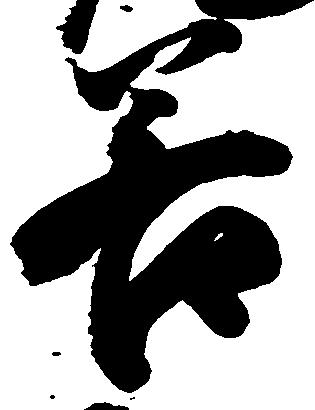
若